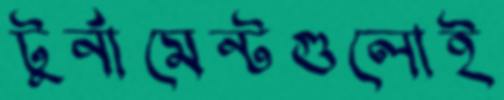
টুর্নামেন্টগুলোই